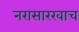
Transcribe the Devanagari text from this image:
नरासारखाच